Indian journal of veterinary science and animal husbandry - Volume 6,
Year: 1936
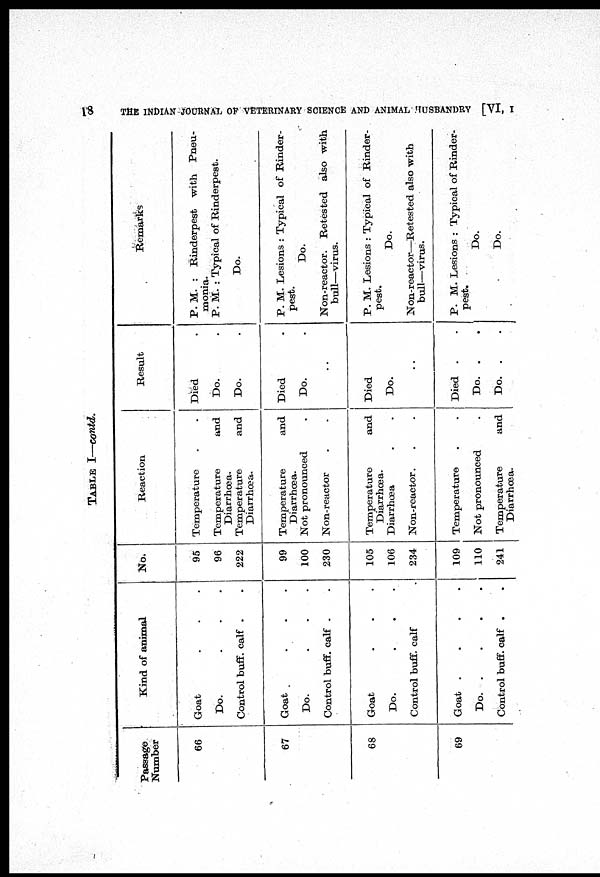
18
THE INDIAN JOURNAL OF VETERINARY SCIENCE AND ANIMAL HUSBANDRY [VI, I
TABLE I—contd.
Passage
Number
66
67
68
69
Kind of animal
Goat . . .
Do.
.
.
.
Control buff. calf . .
Goat
.
.
.
Do.
.
.
.
Control buff. calf . .
Goat . . .
Do. . . .
Control buff. calf .
Goat
.
.
.
.
Do.
.
.
.
.
Control buff. calf . .
No.
95
96
222
99
100
230
105
106
234
109
110
241
Reaction
Temperature
.
.
Temperature and
Diarrhœa.
Temperature and
Diarrhœa.
Temperature and
Diarrhœa.
Not pronounced
.
Non-reactor
.
.
Temperature and
Diarrhœa.
Diarrhœa
.
.
Non-reactor.
.
.
Temperature
.
.
Not pronounced
.
Temperature and
Diarrhœa.
Result
Died .
Do. .
Do. .
Died .
Do. .
..
Died
Do.
..
Died . .
Do. .
Do. .
Remarks
P. M. : Rinderpest with Pneu-
monia.
P. M. : Typical of Rinderpest.
Do.
P. M. Lesions : Typical of Rinder-
pest.
Do.
Non-reactor. Retested also with
bull—virus.
P. M. Lesions : Typical of Rinder-
pest.
Do.
Non-reactor—Retested also with
bull—virus.
P. M. Lesions : Typical of Rinder-
pest.
Do.
Do.